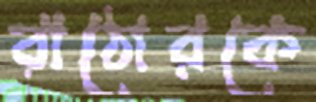
রাঠোরকে